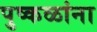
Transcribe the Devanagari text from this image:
पुष्कळांना